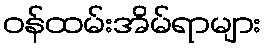
ဝန်ထမ်းအိမ်ရာများ